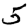
Digit: 5